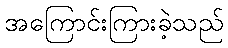
အကြောင်းကြားခဲ့သည်